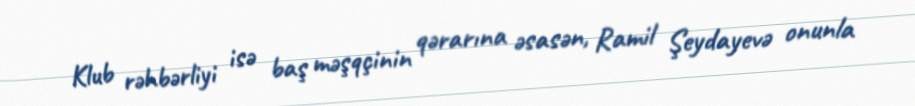
Klub rəhbərliyi isə baş məşqçinin qərarına əsasən, Ramil Şeydayevə onunla